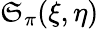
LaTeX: \operatorname{\mathfrak{S}}_{\pi}(\xi,\eta)